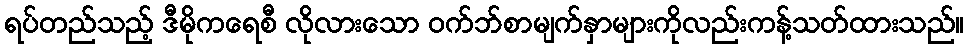
ရပ်တည်သည့် ဒီမိုကရေစီ လိုလားသော ဝက်ဘ်စာမျက်နှာများကိုလည်းကန့်သတ်ထားသည်။